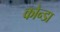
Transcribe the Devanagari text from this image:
कोन्डा